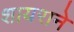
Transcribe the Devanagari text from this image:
शायराने